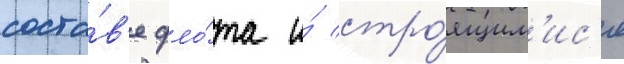
соста́в'е фло́та и́ стро́ящим'ис'я